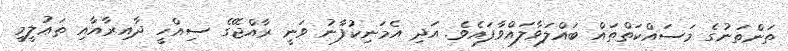
ތަންތަނުގެ މަސައްކަތްތައް ބައްލަވާލައްވާފައެވެ. އަދި އެމަނިކުފާނު ވަނީ ރާއްޖޭގެ ސިއްހީ ދާއިރާއާއި ތަޢުލީމީ